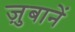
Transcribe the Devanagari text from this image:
ज़ुबानें